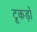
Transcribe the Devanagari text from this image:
टूकड़ों